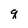
Character: q